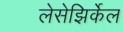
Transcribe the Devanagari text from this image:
लेसेझिर्केल